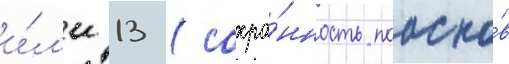
и́л'и 13 (сохра́нность поаско́в